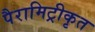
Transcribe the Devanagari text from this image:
पैरामिट्रीकृत